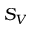
S _ { V }